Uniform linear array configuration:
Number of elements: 16
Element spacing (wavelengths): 0.75
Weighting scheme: hann
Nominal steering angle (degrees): -15
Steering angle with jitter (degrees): -16.965
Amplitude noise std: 0.05
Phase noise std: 0.05

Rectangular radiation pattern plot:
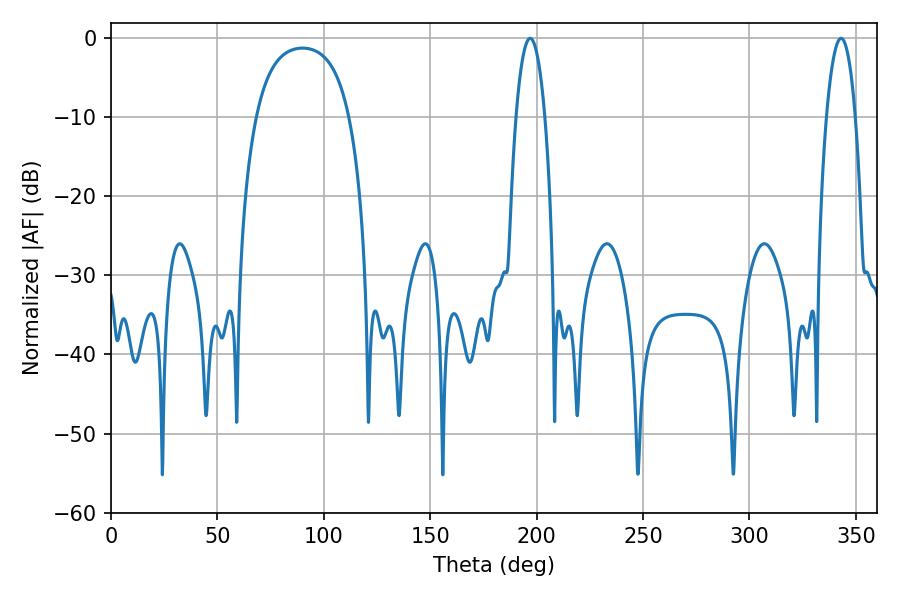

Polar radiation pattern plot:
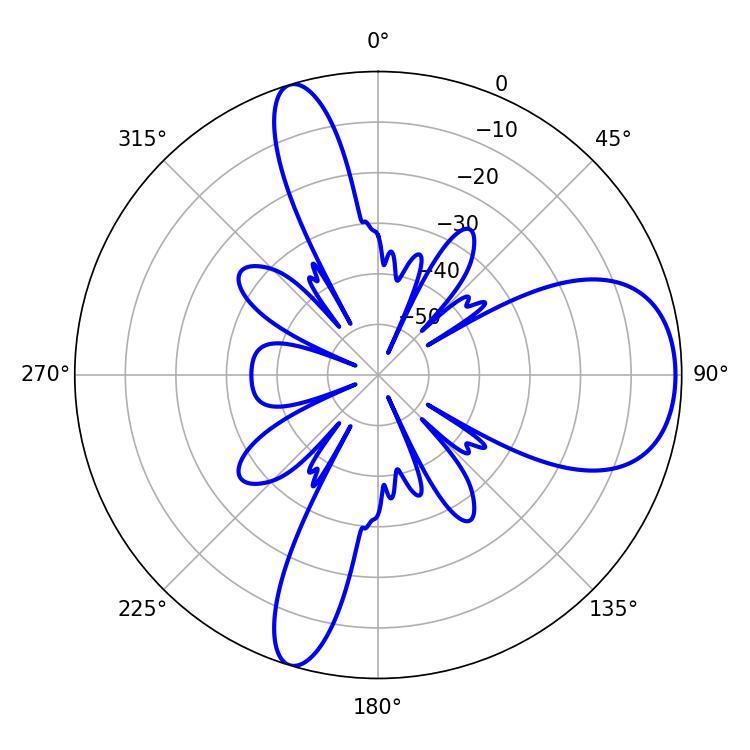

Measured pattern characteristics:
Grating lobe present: TRUE
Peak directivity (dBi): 8.22
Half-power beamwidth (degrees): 7.56
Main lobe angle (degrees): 196.92